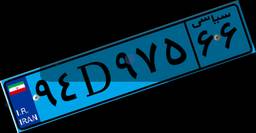
۹۴D۹۷۵۶۶